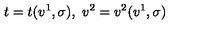
t = t ( v ^ { 1 } , \sigma ) , \ v ^ { 2 } = v ^ { 2 } ( v ^ { 1 } , \sigma )